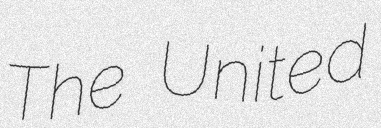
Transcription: The United